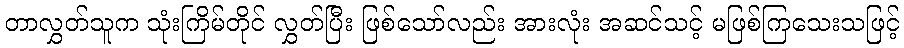
တာလွှတ်သူက သုံးကြိမ်တိုင် လွှတ်ပြီး ဖြစ်သော်လည်း အားလုံး အဆင်သင့် မဖြစ်ကြသေးသဖြင့်